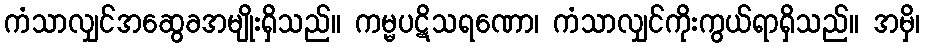
ကံသာလျှင်အဆွေခအမျိုးရှိသည်။ ကမ္မပဋိသရဏော၊ ကံသာလျှင်ကိုးကွယ်ရာရှိသည်။ အမှိ၊